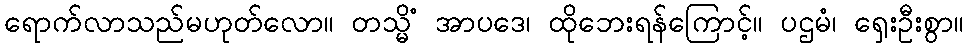
ရောက်လာသည်မဟုတ်လော။ တသ္မိံ အာပဒေ၊ ထိုဘေးရန်ကြောင့်။ ပဌမံ၊ ရှေးဦးစွာ။